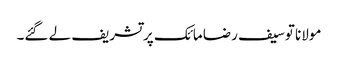
مولانا توسیف رضا مائک پر تشریف لے گئے۔